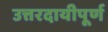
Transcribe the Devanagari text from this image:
उत्तरदायीपूर्ण